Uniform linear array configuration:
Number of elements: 12
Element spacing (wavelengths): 0.75
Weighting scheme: kaiser
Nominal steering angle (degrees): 60
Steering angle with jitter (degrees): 58.216
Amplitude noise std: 0.05
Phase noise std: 0.05

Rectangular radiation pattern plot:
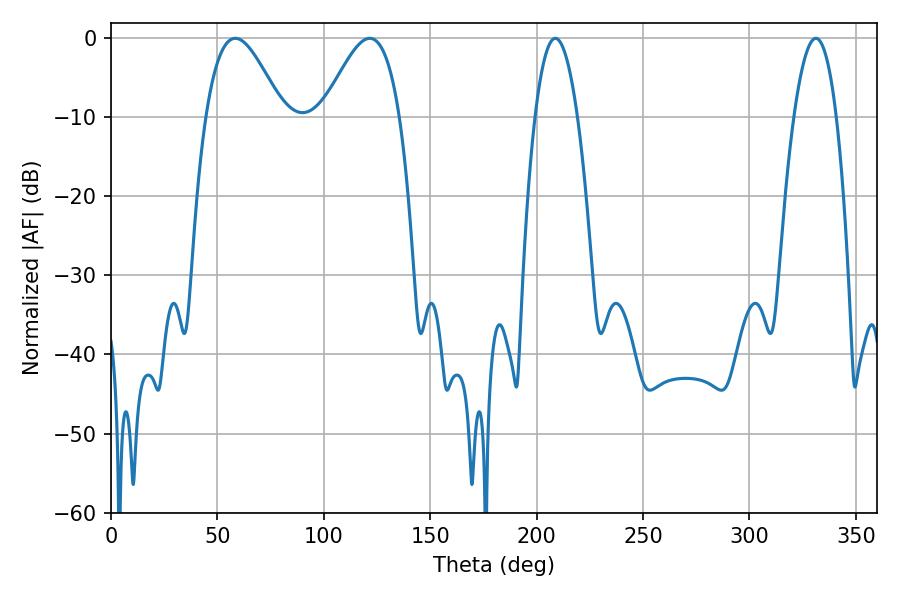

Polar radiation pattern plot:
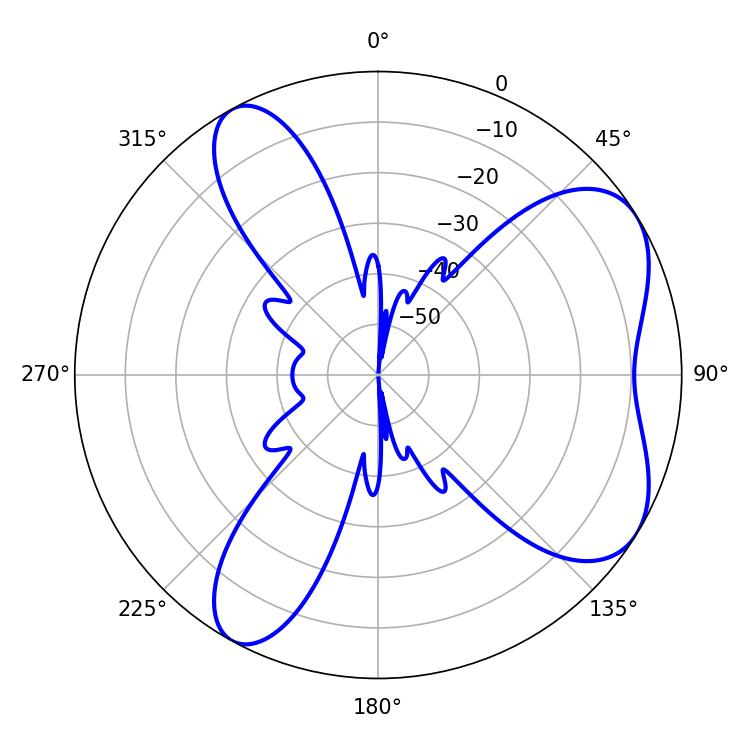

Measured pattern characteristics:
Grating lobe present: TRUE
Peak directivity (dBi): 6.288
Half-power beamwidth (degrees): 10.98
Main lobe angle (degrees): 208.8